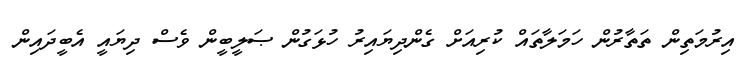
އިރުމަތިން ތަތާރުން ހަމަލާތައް ކުރިއަށް ގެންދިޔައިރު ހުޅަގުން ޞަލީބީން ވެސް ދިޔައީ އެބީދައިން